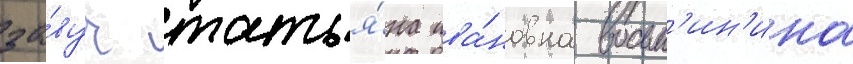
за́вуч татья́на ива́новна восьм'ин'ина